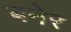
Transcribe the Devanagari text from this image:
बनेर